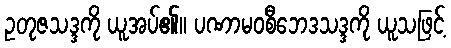
ဥတုဇသဒ္ဒကို ယူအပ်၏။ ပဏာမဝစီဘေဒသဒ္ဒကို ယူသဖြင့်